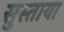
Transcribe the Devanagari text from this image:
सुस्ताया